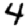
Digit: 4